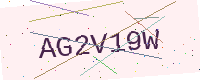
Text: AG2V19W